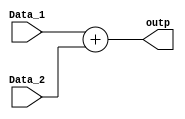


module Ex_block(
  input [7:0] Data_1,
  input [7:0] Data_2,
  output [7:0] outp);
  
  assign outp = Data_1 + Data_2;
  
endmodule